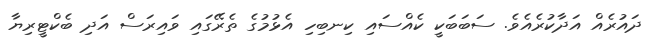
ދައުރެއް އަދާކުރެއެވެ. ސަބަބަކީ ކެއްސައި ކިނބިހި އެޅުމުގެ ތެރޭގައި ވައިރަސް އަދި ބެކްޓީރިޔާ